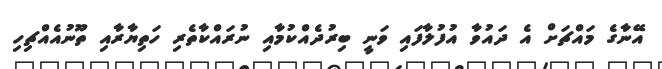
އޭނާގެ މައްޗަށް އެ ދައުވާ އުފުލާފައި ވަނީ ބިރުދެއްކުމާއި ނުރައްކާތެރި ހަތިޔާރާއި ތޫނުއެއްޗިހި